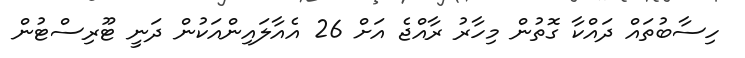
ހިސާބުތައް ދައްކާ ގޮތުން މިހާރު ރާއްޖެ އަށް 26 އެއާލައިންއަކުން ދަނީ ޓޫރިސްޓުން